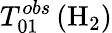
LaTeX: T_{01}^{obs}\left(\mathrm{H}_{2}\right)